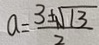
a = \frac { 3 \pm \sqrt { 1 3 } } { 2 }